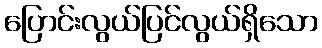
ပြောင်းလွယ်ပြင်လွယ်ရှိသော